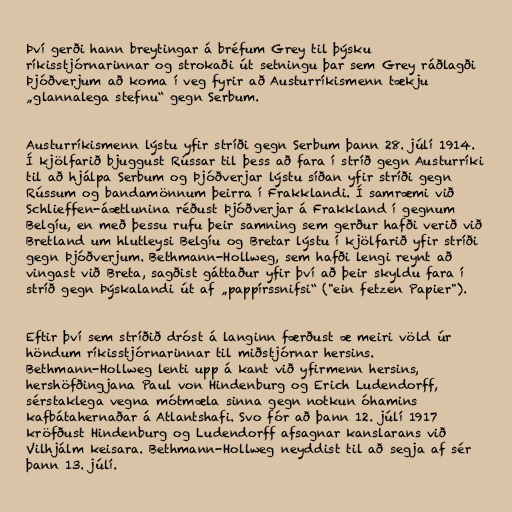
Því gerði hann breytingar á bréfum Grey til þýsku
ríkisstjórnarinnar og strokaði út setningu þar sem Grey ráðlagði
Þjóðverjum að koma í veg fyrir að Austurríkismenn tækju
„glannalega stefnu“ gegn Serbum.

Austurríkismenn lýstu yfir stríði gegn Serbum þann 28. júlí 1914.
Í kjölfarið bjuggust Rússar til þess að fara í stríð gegn Austurríki
til að hjálpa Serbum og Þjóðverjar lýstu síðan yfir stríði gegn
Rússum og bandamönnum þeirra í Frakklandi. Í samræmi við
Schlieffen-áætlunina réðust Þjóðverjar á Frakkland í gegnum
Belgíu, en með þessu rufu þeir samning sem gerður hafði verið við
Bretland um hlutleysi Belgíu og Bretar lýstu í kjölfarið yfir stríði
gegn Þjóðverjum. Bethmann-Hollweg, sem hafði lengi reynt að
vingast við Breta, sagðist gáttaður yfir því að þeir skyldu fara í
stríð gegn Þýskalandi út af „pappírssnifsi“ ("ein fetzen Papier").

Eftir því sem stríðið dróst á langinn færðust æ meiri völd úr
höndum ríkisstjórnarinnar til miðstjórnar hersins.
Bethmann-Hollweg lenti upp á kant við yfirmenn hersins,
hershöfðingjana Paul von Hindenburg og Erich Ludendorff,
sérstaklega vegna mótmæla sinna gegn notkun óhamins
kafbátahernaðar á Atlantshafi. Svo fór að þann 12. júlí 1917
kröfðust Hindenburg og Ludendorff afsagnar kanslarans við
Vilhjálm keisara. Bethmann-Hollweg neyddist til að segja af sér
þann 13. júlí.